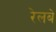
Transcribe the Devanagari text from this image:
रेलबे